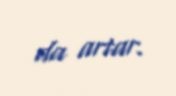
da artar.